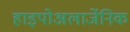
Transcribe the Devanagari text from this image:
हाइपोअलार्जेनिक